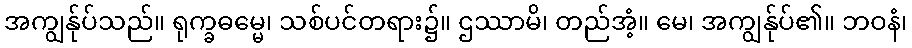
အကျွန်ုပ်သည်။ ရုက္ခဓမ္မေ၊ သစ်ပင်တရား၌။ ဌဿာမိ၊ တည်အံ့။ မေ၊ အကျွန်ုပ်၏။ ဘဝနံ၊